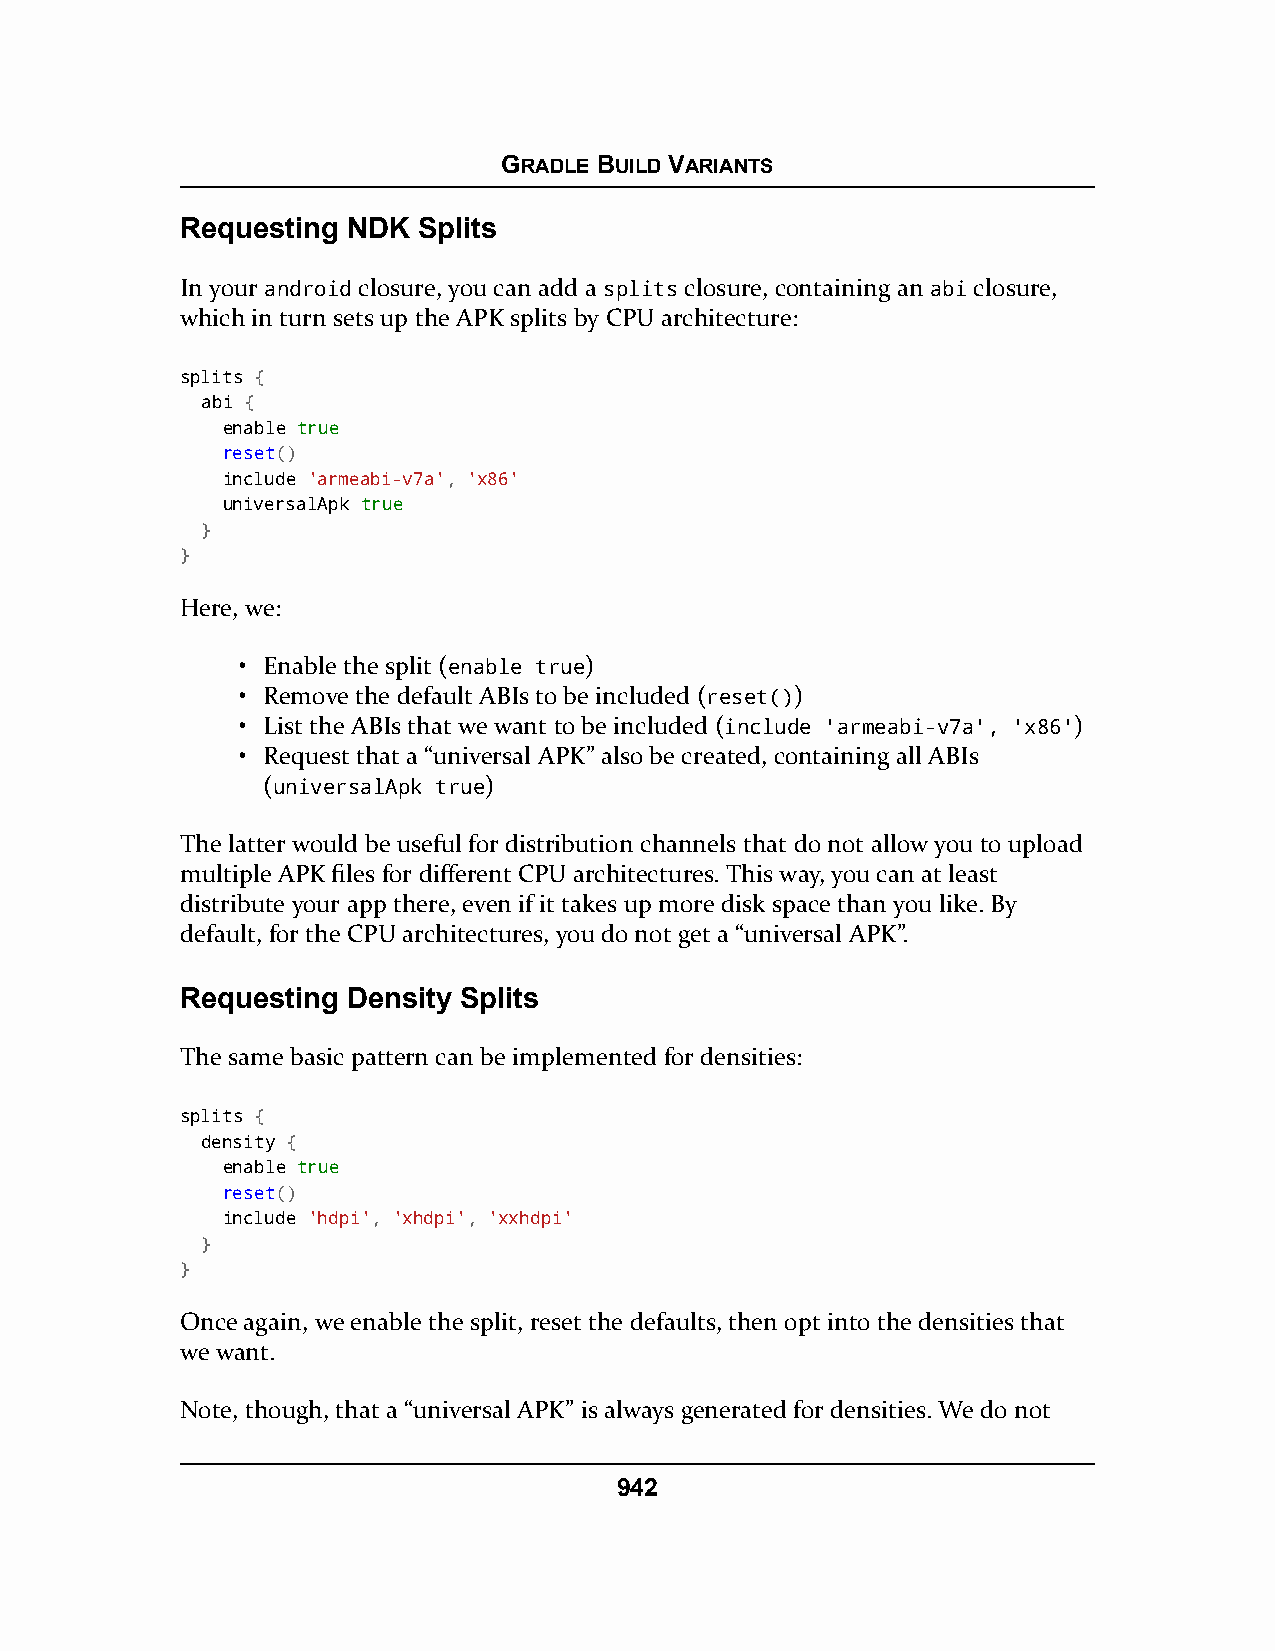
GRADLE BUILD VARIANTS
 Requesting NDK  Splits
 In your android closure, you can add a splits closure, containing an abi closure,
 which in turn sets up the APK splits by CPU architecture:
 splits {
 abi {
 enable ttrruuee
 reset()
 include 'armeabi-v7a', 'x86'
 universalApk ttrruuee
 }
 }
 Here, we:
 • Enable the split (enable true)
 • Remove the default ABIs to be included (reset())
 • List the ABIs that we want to be included (include 'armeabi-v7a', 'x86')
 • Request that a “universal APK” also be created, containing all ABIs
 (universalApk true)
 The latter would be useful for distribution channels that do not allow you to upload
 multiple APK files for different CPU architectures. This way, you can at least
 distribute your app there, even if it takes up more disk space than you like. By
 default, for the CPU architectures, you do not get a “universal APK”.
 Requesting Density Splits
 The same basic pattern can be implemented for densities:
 splits {
 density {
 enable ttrruuee
 reset()
 include 'hdpi', 'xhdpi', 'xxhdpi'
 }
 }
 Once again, we enable the split, reset the defaults, then opt into the densities that
 we want.
 Note, though, that a “universal APK” is always generated for densities. We do not
 942